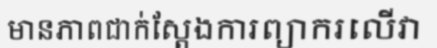
មានភាពជាក់ស្តែងការព្យាករលើវា